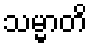
သမ္မာတိ